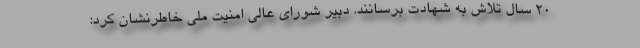
۲۰ سال تلاش به شهادت برسانند. دبیر شورای عالی امنیت ملی خاطرنشان کرد: